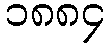
၁၈၈၄